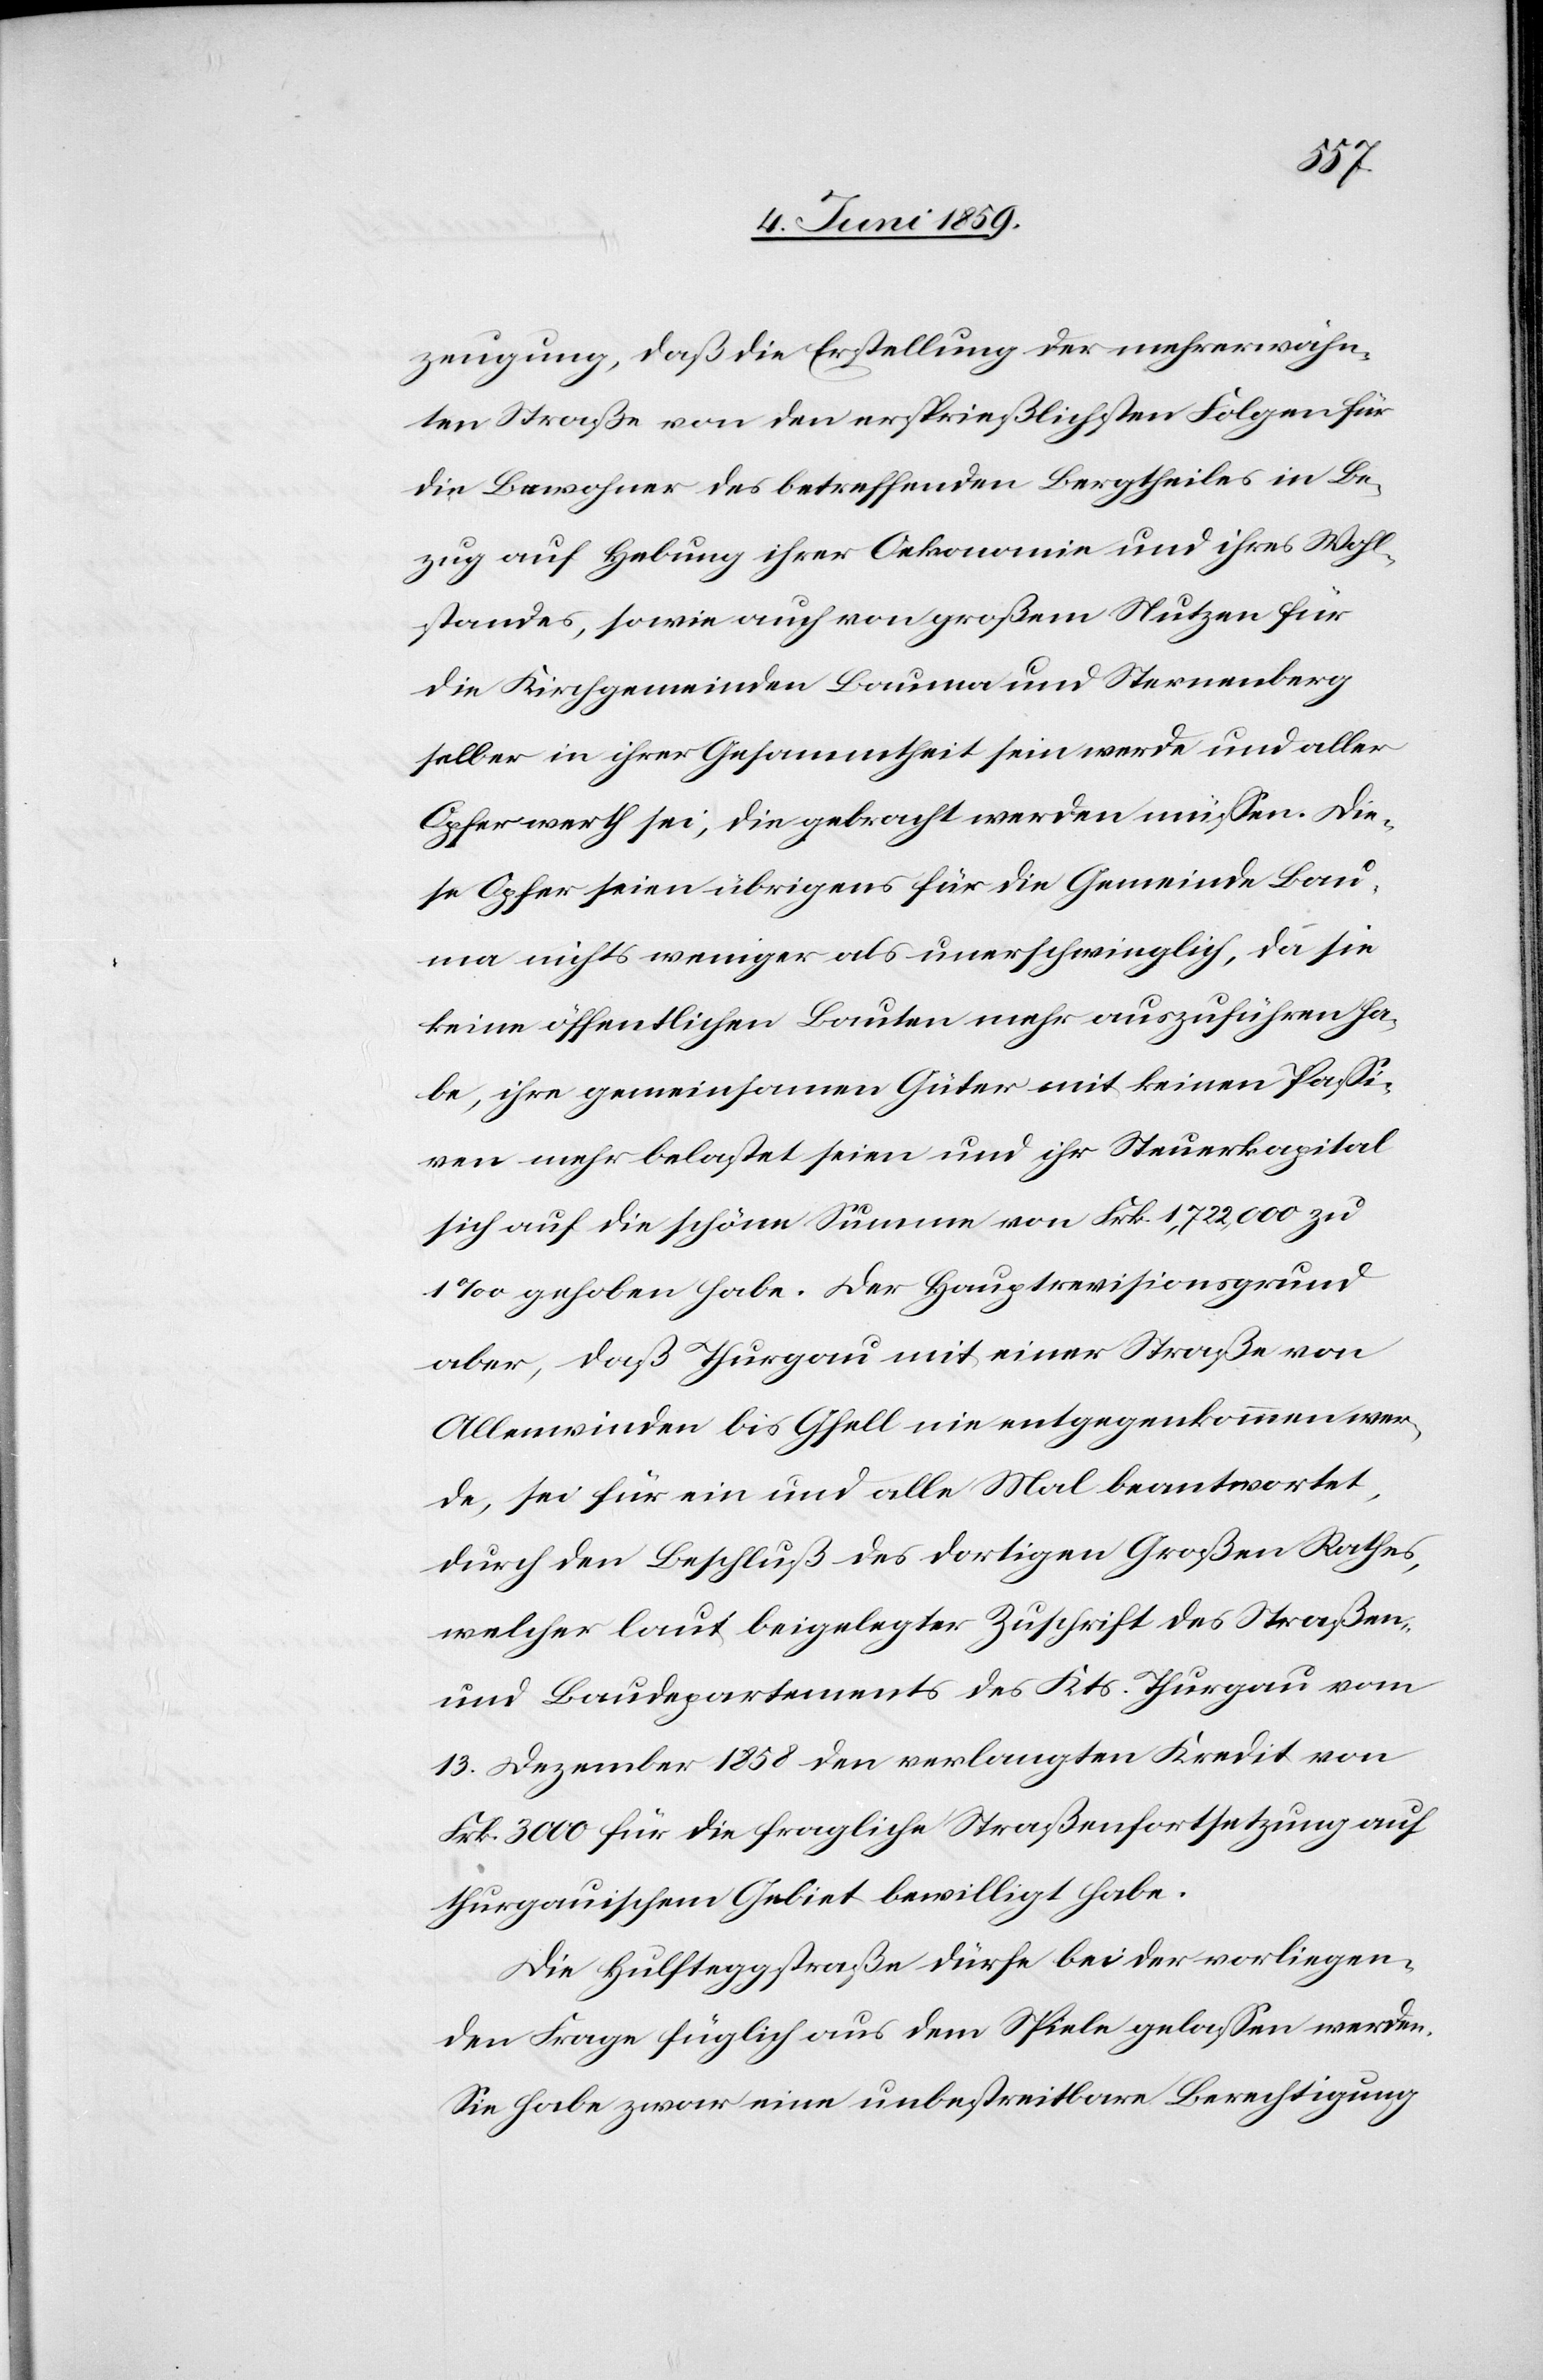
zeugung, daß die Erstellung der mehrerwähn¬
ten Straße von den ersprießlichsten Folgen für
die Bewohner des betreffenden Bergtheils in Be¬
zug auf Hebung ihrer Oekonomie und ihres Wohl¬
standes, sowie auch von großem Nutzen für
die Kirchgemeinden Bauma und Sternenberg
selber in ihrer Gesammtheit sein werde und aller
Opfer werth sei, die gebracht werden müssen. Die¬
se Opfer seien übrigens für die Gemeinde Bau¬
ma nichts weniger als unerschwinglich, da sie
keine öffentlichen Bauten mehr auszuführen ha¬
be, ihre gemeinsamen Güter mit keinen Passi¬
ven mehr belastet seien und ihr Steuerkapital
sich auf die schöne Summe von Frk. 1,722,000 zu
1‰ gehoben habe. Der Hauptrevisionsgrund
aber, daß Thurgau mit einer Straße von
Allenwinden bis Gfell nie entgegenkommen wer¬
de, sei für ein und alle Mal beantwortet,
durch den Beschluß des dortigen Großen Rathes,
welcher laut beigelegter Zuschrift des Straßen-
und Baudepartements des Kts. Thurgau vom
13. Dezember 1858 den verlangten Kredit von
Frk. 3000 für die fragliche Straßenfortsetzung auf
thurgauischem Gebiet bewilligt habe.
Die Hulfteggstraße dürfe bei der vorliegen¬
den Frage füglich aus dem Spiele gelassen werden.
Die habe zwar eine unbestreitbare Berechtigung